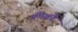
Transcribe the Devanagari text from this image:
कीको